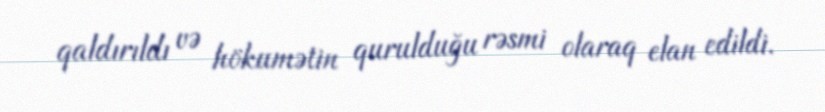
qaldırıldı və hökumətin qurulduğu rəsmi olaraq elan edildi.